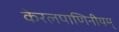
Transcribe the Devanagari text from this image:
केरलपाणिनीयम्